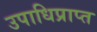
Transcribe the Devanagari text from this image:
उपाधिप्राप्त